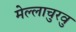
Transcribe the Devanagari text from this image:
मेल्‍लाचुरवु